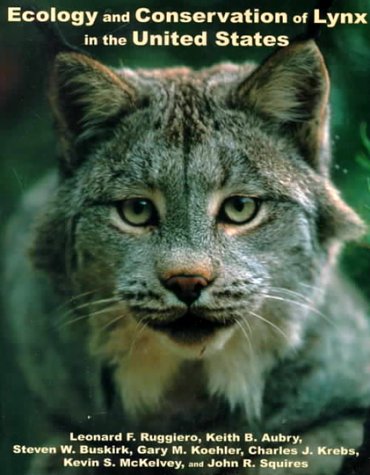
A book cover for Ecology & the Conservation of the Lynx in the United States; Keith B. Aubry; Sports & Outdoors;